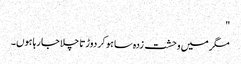
"
مگر میں وحشت زدہ سا ہو کر دوڑتا چلا جا رہا ہوں۔